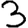
Digit: 3